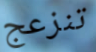
تنزعج